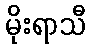
မိုးရာသီ